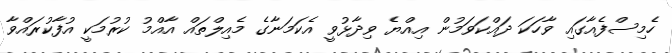
ހެމިސްފެއާގައި ވާހަކަ ދައްކަވަމުން އިއްޔެ ވިދާޅުވީ އެކަމަނާގެ މެއިލްތައް އާއްމު ކުރުމަކީ އުފާކުރައްވާ